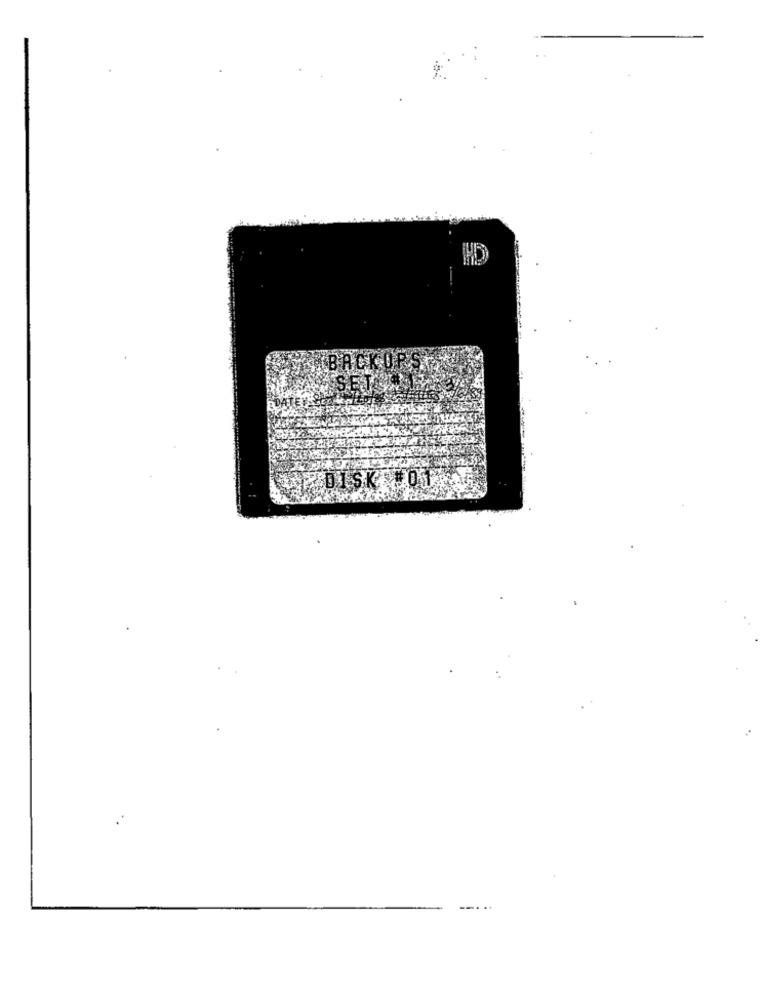
DISK OT